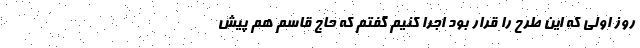
روز اولی که این طرح را قرار بود اجرا کنیم گفتم که حاج قاسم هم پیش